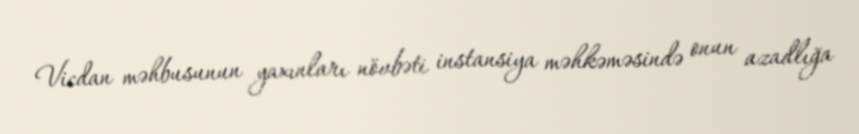
Vicdan məhbusunun yaxınları növbəti instansiya məhkəməsində onun azadlığa